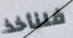
فلنأخذ